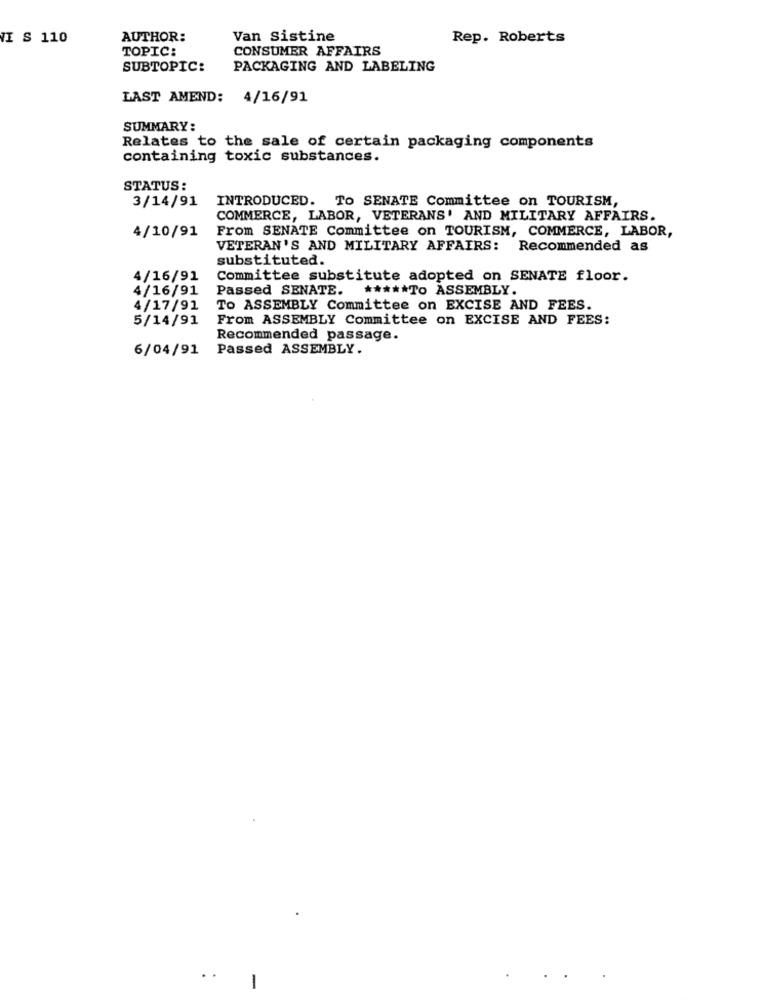
VI S 110
AUTHOR:
Van Sistine
Rep. Roberts
TOPIC:
CONSUMER AFFAIRS
SUBTOPIC:
PACKAGING AND LABELING
LAST AMEND: 4/16/91
SUMMARY:
Relates to the sale of certain packaging components
containing toxic substances.
STATUS:
INTRODUCED. TO SENATE Committee on TOURISM,
3/14/91
COMMERCE, LABOR, VETERANS' AND MILITARY AFFAIRS.
4/10/91
From SENATE Committee on TOURISM, COMMERCE, LABOR,
VETERAN'S AND MILITARY AFFAIRS: Recommended as
substituted.
4/16/91
Committee substitute adopted on SENATE floor.
4/16/91
Passed SENATE.
***** To ASSEMBLY.
4/17/91
TO ASSEMBLY Committee on EXCISE AND FEES.
5/14/91
From ASSEMBLY Committee on EXCISE AND FEES:
Recommended passage.
6/04/91
Passed ASSEMBLY.
-